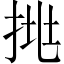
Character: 𢬹